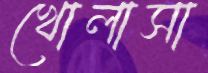
খোলাসা